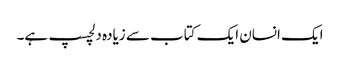
ایک انسان ایک کتاب سے زیادہ دلچسپ ہے۔